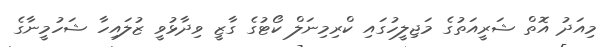
މިއަދު އޮތް ޝަރީއަތުގެ މަޖިލީހުގައި ކްރިމިނަލް ކޯޓުގެ ގާޒީ ވިދާޅުވީ ޒުލައިހާ ޝަހުމީނާގެ